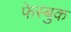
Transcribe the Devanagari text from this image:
फेस्बुक